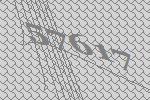
57617